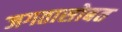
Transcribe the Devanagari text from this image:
जगतासोबत